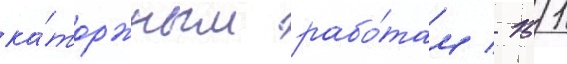
ка́торжным рабо́там / 151